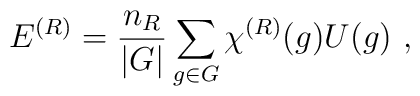
E^{(R)}= {n_R\over |G|}\sum_{g\in G} \chi^{(R)}(g) U(g)~,